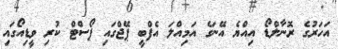
އަހަރުގެ ރޮނާލްޑޯ އިއްޔެ އޭނަގެ އަމިއްލަ އެފްބީ ޕޭޖްގައި ޕޯސްޓް ކުރި ވީޑިއޯގައި